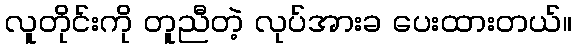
လူတိုင်းကို တူညီတဲ့ လုပ်အားခ ပေးထားတယ်။